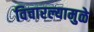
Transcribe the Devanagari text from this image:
विचारल्यामुळे